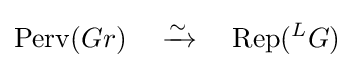
\mathrm {Perv} (Gr)\quad \xrightarrow {\sim } \quad \mathrm {Rep} ({}^{L}G)